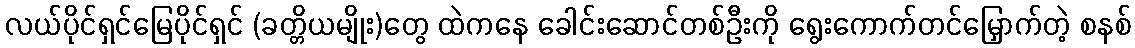
လယ်ပိုင်ရှင်မြေပိုင်ရှင် (ခတ္တိယမျိုး)တွေ ထဲကနေ ခေါင်းဆောင်တစ်ဦးကို ရွေးကောက်တင်မြှောက်တဲ့ စနစ်